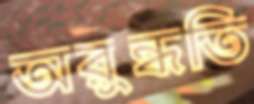
অরুন্ধতি